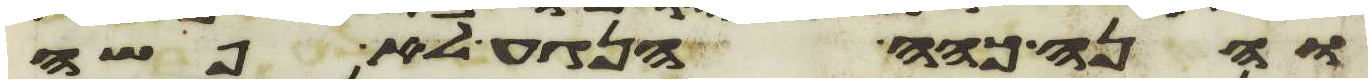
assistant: והנה כהה הנגע לא פשה